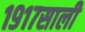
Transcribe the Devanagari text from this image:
१९१७साली